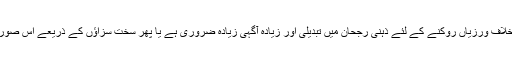
سوال یہ ہے کہ انسانی حقوق کی خلاف ورزیاں روکنے کے لئے ذہنی رجحان میں تبدیلی اور زیادہ آگہی زیادہ ضروری ہے یا پھر سخت سزاؤں کے ذریعے اس صورت حال کو بہتر بنایا جا سکتا ہے۔